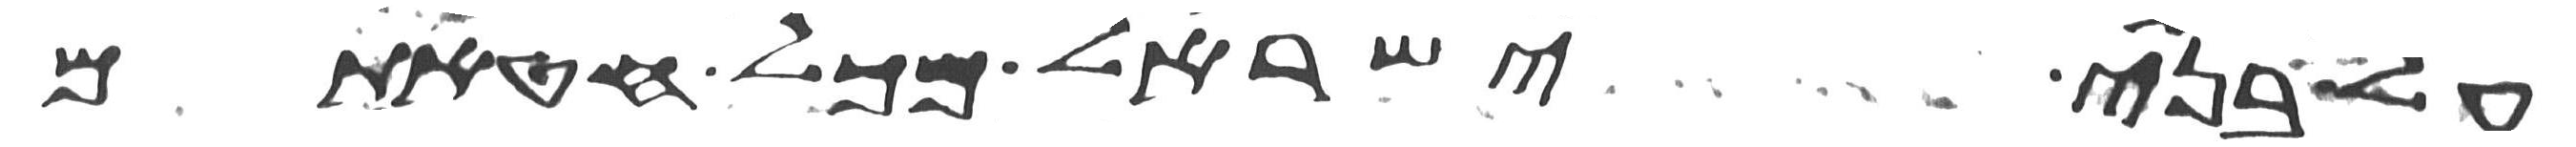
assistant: על בני ישראל מכל חטאתם